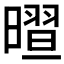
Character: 𣊏